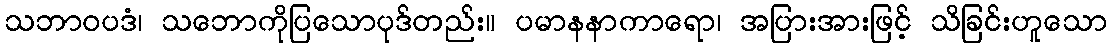
သဘာဝပဒံ၊ သဘောကိုပြသောပုဒ်တည်း။ ပမာနနာကာရော၊ အပြားအားဖြင့် သိခြင်းဟူသော